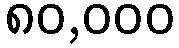
၈၀,၀၀၀